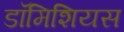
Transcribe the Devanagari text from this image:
डॉमिशियस